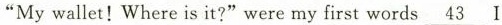
“My wallet！ Where is it?”were my first words\underline{43} I